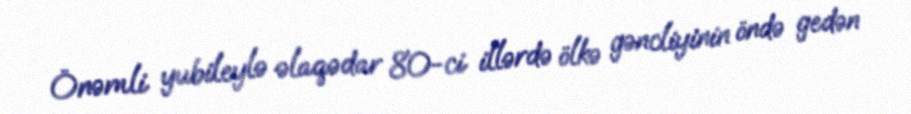
Önəmli yubileylə əlaqədar 80-ci illərdə ölkə gəncliyinin öndə gedən